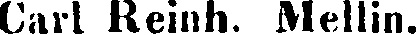
Carl Reinh. Mellin.